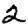
Digit: 2